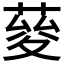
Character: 𦴅